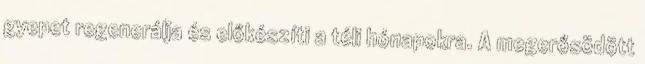
gyepet regenerálja és előkészíti a téli hónapokra. A megerősödött